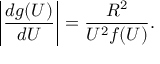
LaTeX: \left\vert \frac { d g ( U ) } { d U } \right\vert = \frac { R ^ { 2 } } { U ^ { 2 } f ( U ) } .